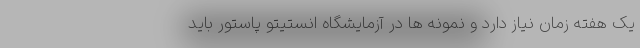
یک هفته زمان نیاز دارد و نمونه ها در آزمایشگاه انستیتو پاستور باید